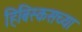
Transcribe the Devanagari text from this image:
हिबिस्कसच्या